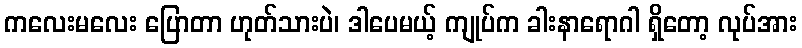
ကလေးမလေး ပြောတာ ဟုတ်သားပဲ၊ ဒါပေမယ့် ကျုပ်က ခါးနာရောဂါ ရှိတော့ လုပ်အား